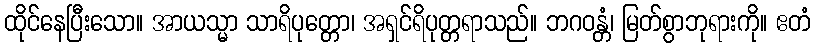
ထိုင်နေပြီးသော။ အာယသ္မာ သာရိပုတ္တော၊ အရှင်ရိပုတ္တရာသည်။ ဘဂဝန္တံ၊ မြတ်စွာဘုရားကို။ ဧတံ